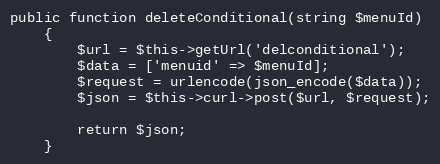
Language: PHP
public function deleteConditional(string $menuId)
    {
        $url = $this->getUrl('delconditional');
        $data = ['menuid' => $menuId];
        $request = urlencode(json_encode($data));
        $json = $this->curl->post($url, $request);

        return $json;
    }